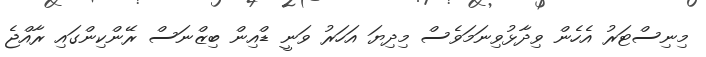
މިނިސްޓަރު އެހެން ވިދާޅުވިނަމަވެސް މިދިޔަ އަހަރު ވަނީ ޑްއިން ބިޒްނަސް ރޭންކިންގައި ރާއްޖެ